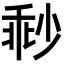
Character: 𡮓